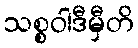
သစ္စဝါဒီမှီတိ